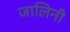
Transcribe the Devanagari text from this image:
जालिनी